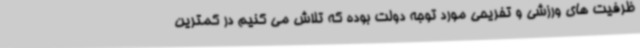
ظرفیت های ورزشی و تفریحی مورد توجه دولت بوده که تلاش می کنیم در کمترین